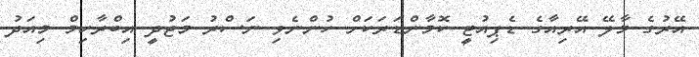
އޭރުގެ މާލޭ އޭރިއާގެ ޑެޕިއުޓީ ކޮމާންޑަރަކަށް ހުންނެވި ނަސްރު މަޖުދީ އިބްރާހިމް މިއަދު